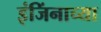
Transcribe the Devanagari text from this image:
इंजिंनाच्या